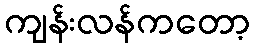
ကျန်းလန်ကတော့